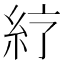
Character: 𥾼